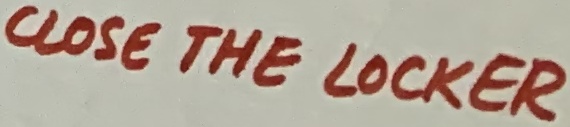
Text: CLOSE THE LOCKER